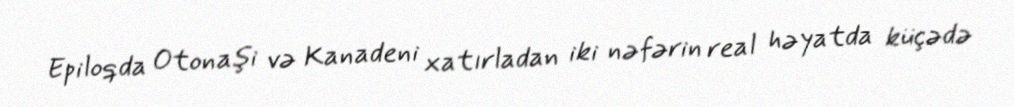
Epiloqda Otonaşi və Kanadeni xatırladan iki nəfərin real həyatda küçədə